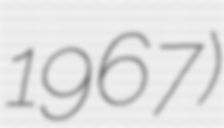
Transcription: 1967)